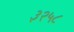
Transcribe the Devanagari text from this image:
३२५८